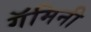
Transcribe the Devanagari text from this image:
गॅमिनी